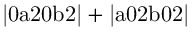
\mathrm { | 0 a 2 0 b 2 | + | a 0 2 b 0 2 | }